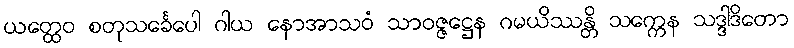
ယတ္ထေဝ စတုသင်္ခေပေါ ဂါယ နောအာသဝံ သာဝဇ္ဇဋ္ဌေန ဂမယိဿန္တိ သက္ကေန သဒ္ဒါဒိတော